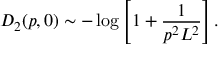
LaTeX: D _ { 2 } ( p , 0 ) \sim - \log \left[ 1 + \frac { 1 } { p ^ { 2 } L ^ { 2 } } \right] .